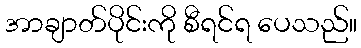
အာချာတ်ပိုင်းကို စီရင်ရ ပေသည်။